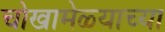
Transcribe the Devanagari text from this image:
चोखामेळ्याच्या